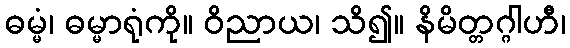
ဓမ္မံ၊ ဓမ္မာရုံကို။ ဝိညာယ၊ သိ၍။ နိမိတ္တဂ္ဂါဟီ၊